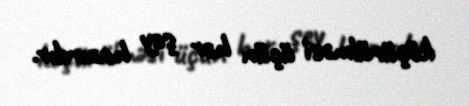
köçürülməsi üçün hər şey hazırdır.